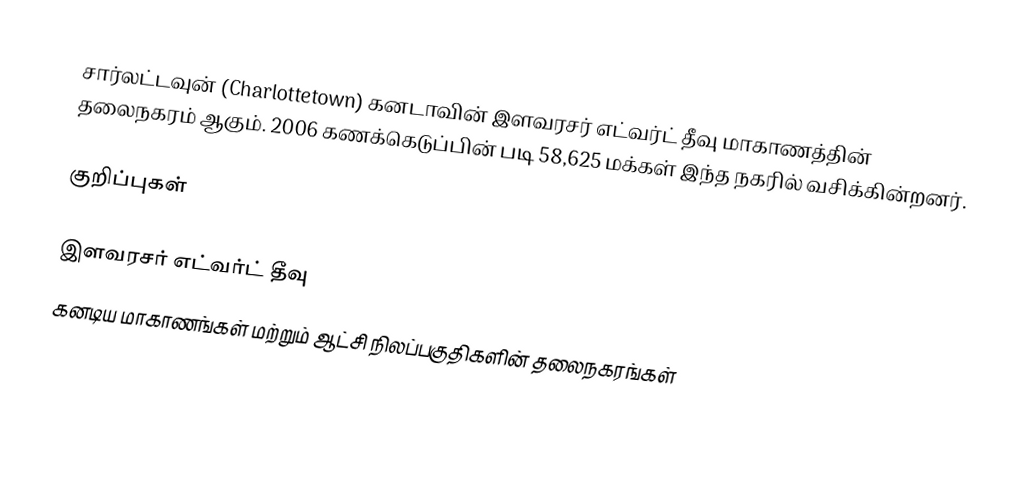
சார்லட்டவுன் (Charlottetown) கனடாவின் இளவரசர் எட்வர்ட் தீவு மாகாணத்தின் தலைநகரம் ஆகும். 2006 கணக்கெடுப்பின் படி 58,625 மக்கள் இந்த நகரில் வசிக்கின்றனர்.

குறிப்புகள்

இளவரசர் எட்வர்ட் தீவு
கனடிய மாகாணங்கள் மற்றும் ஆட்சி நிலப்பகுதிகளின் தலைநகரங்கள்